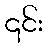
၎င်း